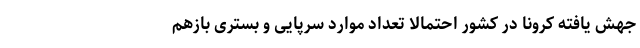
جهش یافته کرونا در کشور احتمالا تعداد موارد سرپایی و بستری بازهم